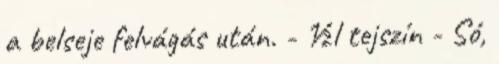
a belseje felvágás után. - ½l tejszín - Só,